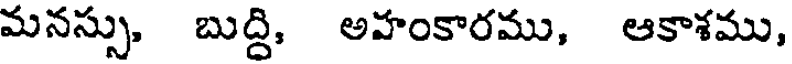
మనస్సు, బుద్ది, అహంకారము, ఆకాశము,